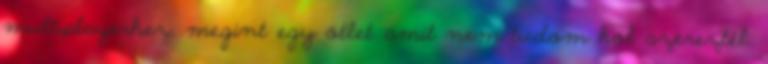
multiplayerhez, megint egy ötlet amit nem tudom hol szereztél.